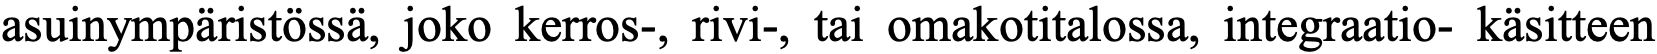
asuinympäristössä, joko kerros-, rivi-, tai omakotitalossa, integraatio- käsitteen